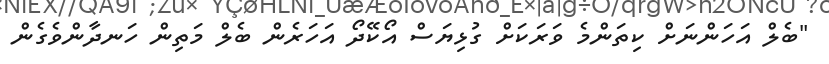
"ބެލް އަހަންނަށް ކިތަންމެ ވަރަކަށް ގުޅިޔަސް އޯކޭދޯ އަހަރެން ބެލް މަތިން ހަނދާންވެގެން